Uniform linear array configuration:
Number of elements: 8
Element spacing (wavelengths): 1
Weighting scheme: binomial
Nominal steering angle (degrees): -60
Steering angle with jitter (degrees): -61.242
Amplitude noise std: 0.05
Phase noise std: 0.05

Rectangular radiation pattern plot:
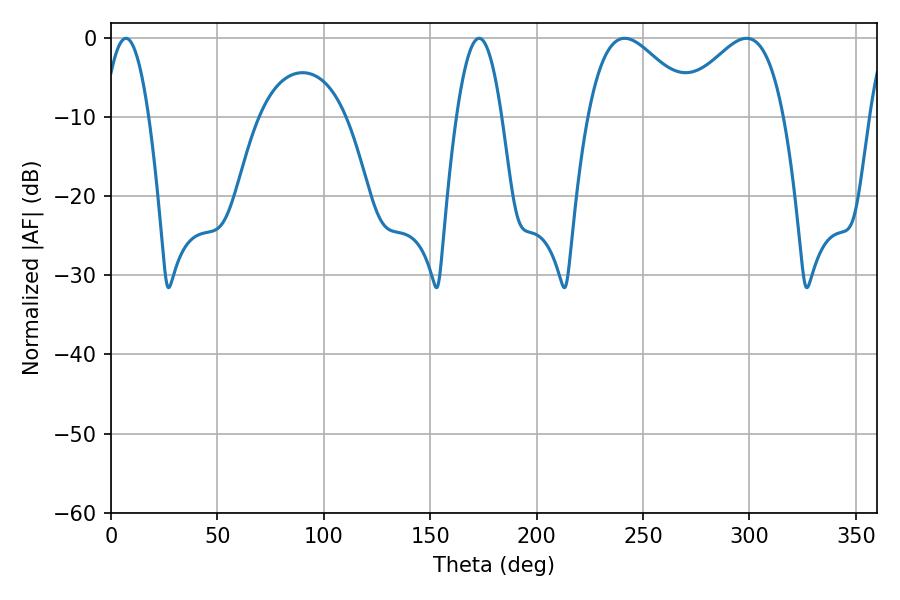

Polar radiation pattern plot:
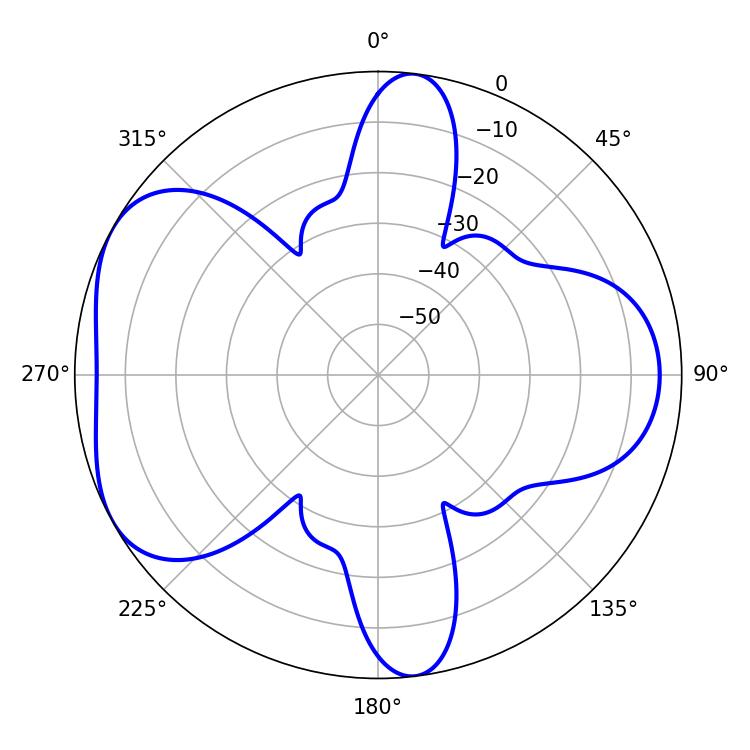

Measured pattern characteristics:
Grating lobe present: TRUE
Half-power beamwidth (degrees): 11.52
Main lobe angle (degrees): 7.02